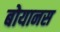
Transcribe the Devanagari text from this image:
बोयानस